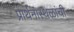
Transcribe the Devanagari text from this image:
प्रार्थनास्थळांची